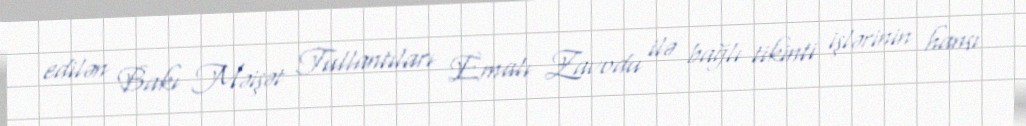
edilən Bakı Məişət Tullantıları Emalı Zavodu ilə bağlı tikinti işlərinin hansı